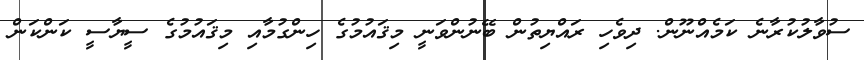
ސުވާލުކުރާނެ ކަމެއްނޫން. ދިވެހި ރައްޔިތުން ބޭނުންވަނީ މިޤައުމުގެ ހިންގުމާއި މިޤައުމުގެ ސީޔާސީ ކަންކަން